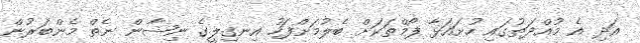
އަދި އެ މުއްދަތުގައި ހުށައަޅާ ފޯމްތަކަށް ބެލުމަށްފަހު އިނގިލީގެ ނިޝާން ނެތް މެންބަރުން